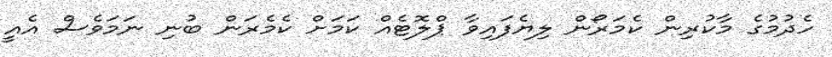
ހެދުމުގެ މާކުރިން ކެމަރޯން ލިޔެފައިވާ ޕްލޮޓެއް ކަމަށް ކެމެރަން ބުނި ނަމަވެސް އެއީ